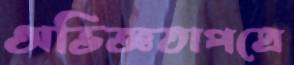
অভিজ্ঞতাপত্রে